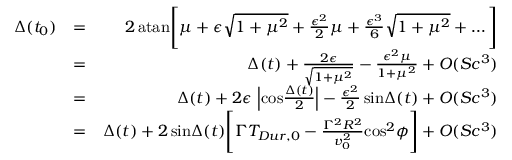
\begin{array} { r l r } { \Delta ( t _ { 0 } ) } & { = } & { 2 \, \mathrm { a t a n } \Bigg [ \mu + \epsilon \sqrt { 1 + \mu ^ { 2 } } + { \frac { \epsilon ^ { 2 } } { 2 } } \mu + { \frac { \epsilon ^ { 3 } } { 6 } } \sqrt { 1 + \mu ^ { 2 } } + \ldots \Bigg ] } \\ & { = } & { \Delta ( t ) + { \frac { 2 \epsilon } { \sqrt { 1 + \mu ^ { 2 } } } } - { \frac { \epsilon ^ { 2 } \mu } { 1 + \mu ^ { 2 } } } + O ( S c ^ { 3 } ) } \\ & { = } & { \Delta ( t ) + 2 \epsilon \, \left| \mathrm { c o s } { \frac { \Delta ( t ) } { 2 } } \right| - { \frac { \epsilon ^ { 2 } } { 2 } } \, \mathrm { s i n } \Delta ( t ) + O ( S c ^ { 3 } ) } \\ & { = } & { \Delta ( t ) + 2 \, \mathrm { s i n } \Delta ( t ) \Bigg [ \Gamma T _ { D u r , 0 } - { \frac { \Gamma ^ { 2 } R ^ { 2 } } { v _ { 0 } ^ { 2 } } } \mathrm { c o s } ^ { 2 } \phi \Bigg ] + O ( S c ^ { 3 } ) } \end{array}